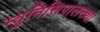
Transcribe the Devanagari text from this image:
म्युनिसिपालट्या